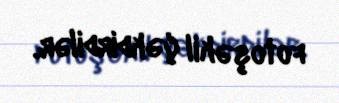
fotoşəkil çəkdirdilər.